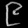
Digit: ၉